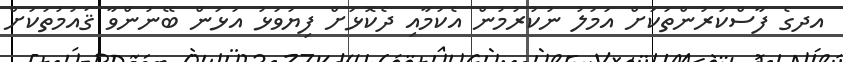
އދގެ ފާސްކުރުންތަކަށް އަމަލު ނުކުރުމުން އެކަމާއި ދެކޮޅަށް ފިޔަވަޅު އަޅަން ބޭނުންވާ ޤައުމުތަކަށް